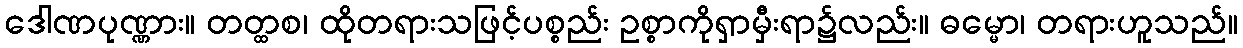
ဒေါဏပုဏ္ဏား။ တတ္ထစ၊ ထိုတရားသဖြင့်ပစ္စည်း ဥစ္စာကိုရှာမှီးရာ၌လည်း။ ဓမ္မော၊ တရားဟူသည်။